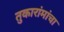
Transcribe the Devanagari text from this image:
तुकारांमांचा